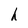
Character: h